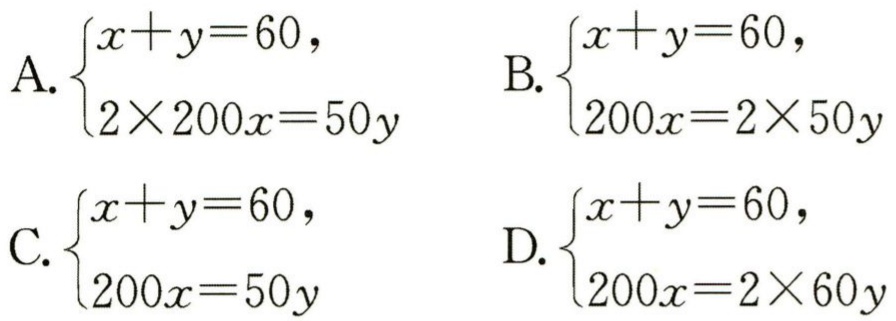
A. $\begin{cases}x + y = 60,\\2\times200x = 50y\end{cases}$

B. $\begin{cases}x + y = 60,\\200x = 2\times50y\end{cases}$

C. $\begin{cases}x + y = 60,\\200x = 50y\end{cases}$

D. $\begin{cases}x + y = 60,\\200x = 2\times60y\end{cases}$